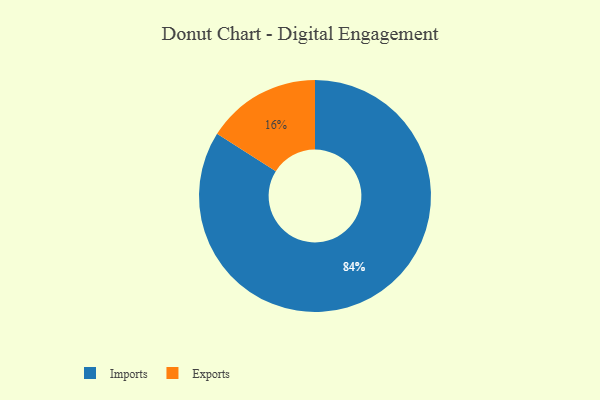
{"axis": {"x": "Category", "y": "Percentage"}, "legend": ["Exports", "Imports"], "data": [{"x": "Imports", "y": 84, "type": "Imports"}, {"x": "Exports", "y": 16, "type": "Exports"}]}